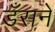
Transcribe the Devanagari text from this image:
डँसने